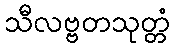
သီလဗ္ဗတသုတ္တံ